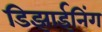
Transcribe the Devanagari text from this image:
डिझाईनिंग